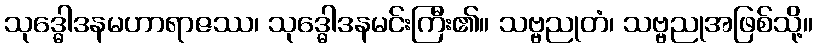
သုဒ္ဓေါဒနမဟာရာဇဿ၊ သုဒ္ဓေါဒနမင်းကြီး၏။ သဗ္ဗညုတံ၊ သဗ္ဗညုအဖြစ်သို့။